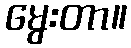
မွေးတာ။